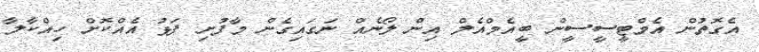
އެގޮތުން އެމްޓީސީސީން ބީއެމްއެލް އިން ލޯނެއް ނަގައިގެން މާފުށި ފަޅު އެއްކޮށް ހިއްކާލާ